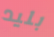
بليد